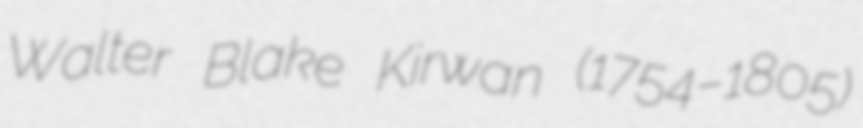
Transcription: Walter Blake Kirwan (1754–1805)